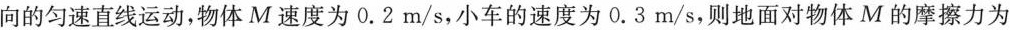
向的匀速直线运动，物体M速度为0.2m/s，小车的速度为0.3m/s，则地面对物体M的摩擦力为